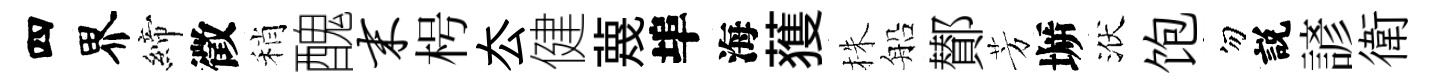
四界締徵稍醜末枵厺健蔑埠海𫉬株船鄼芳󶱲洑饱勿説諺衛